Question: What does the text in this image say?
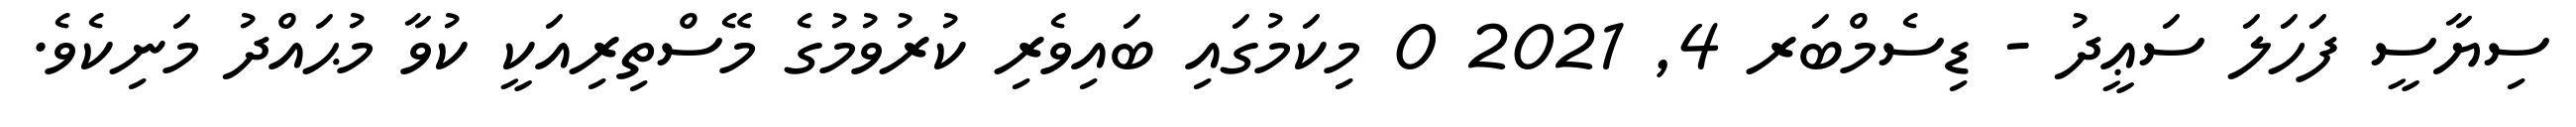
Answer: ސިޔާސީ ފަހަލަ ސަޢީދު - ޑިސެމްބަރ 4, 2021 0 މިކަމުގައި ބައިވެރި ކުރުވުމުގެ މޭސްތިރިއަކީ ކުވާ މުޙައްދު މަނިކެވެ.